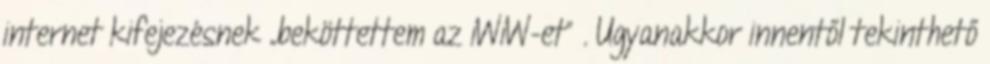
internet kifejezésnek „beköttettem az iWiW-et” . Ugyanakkor innentől tekinthető